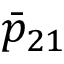
\bar { p } _ { 2 1 }